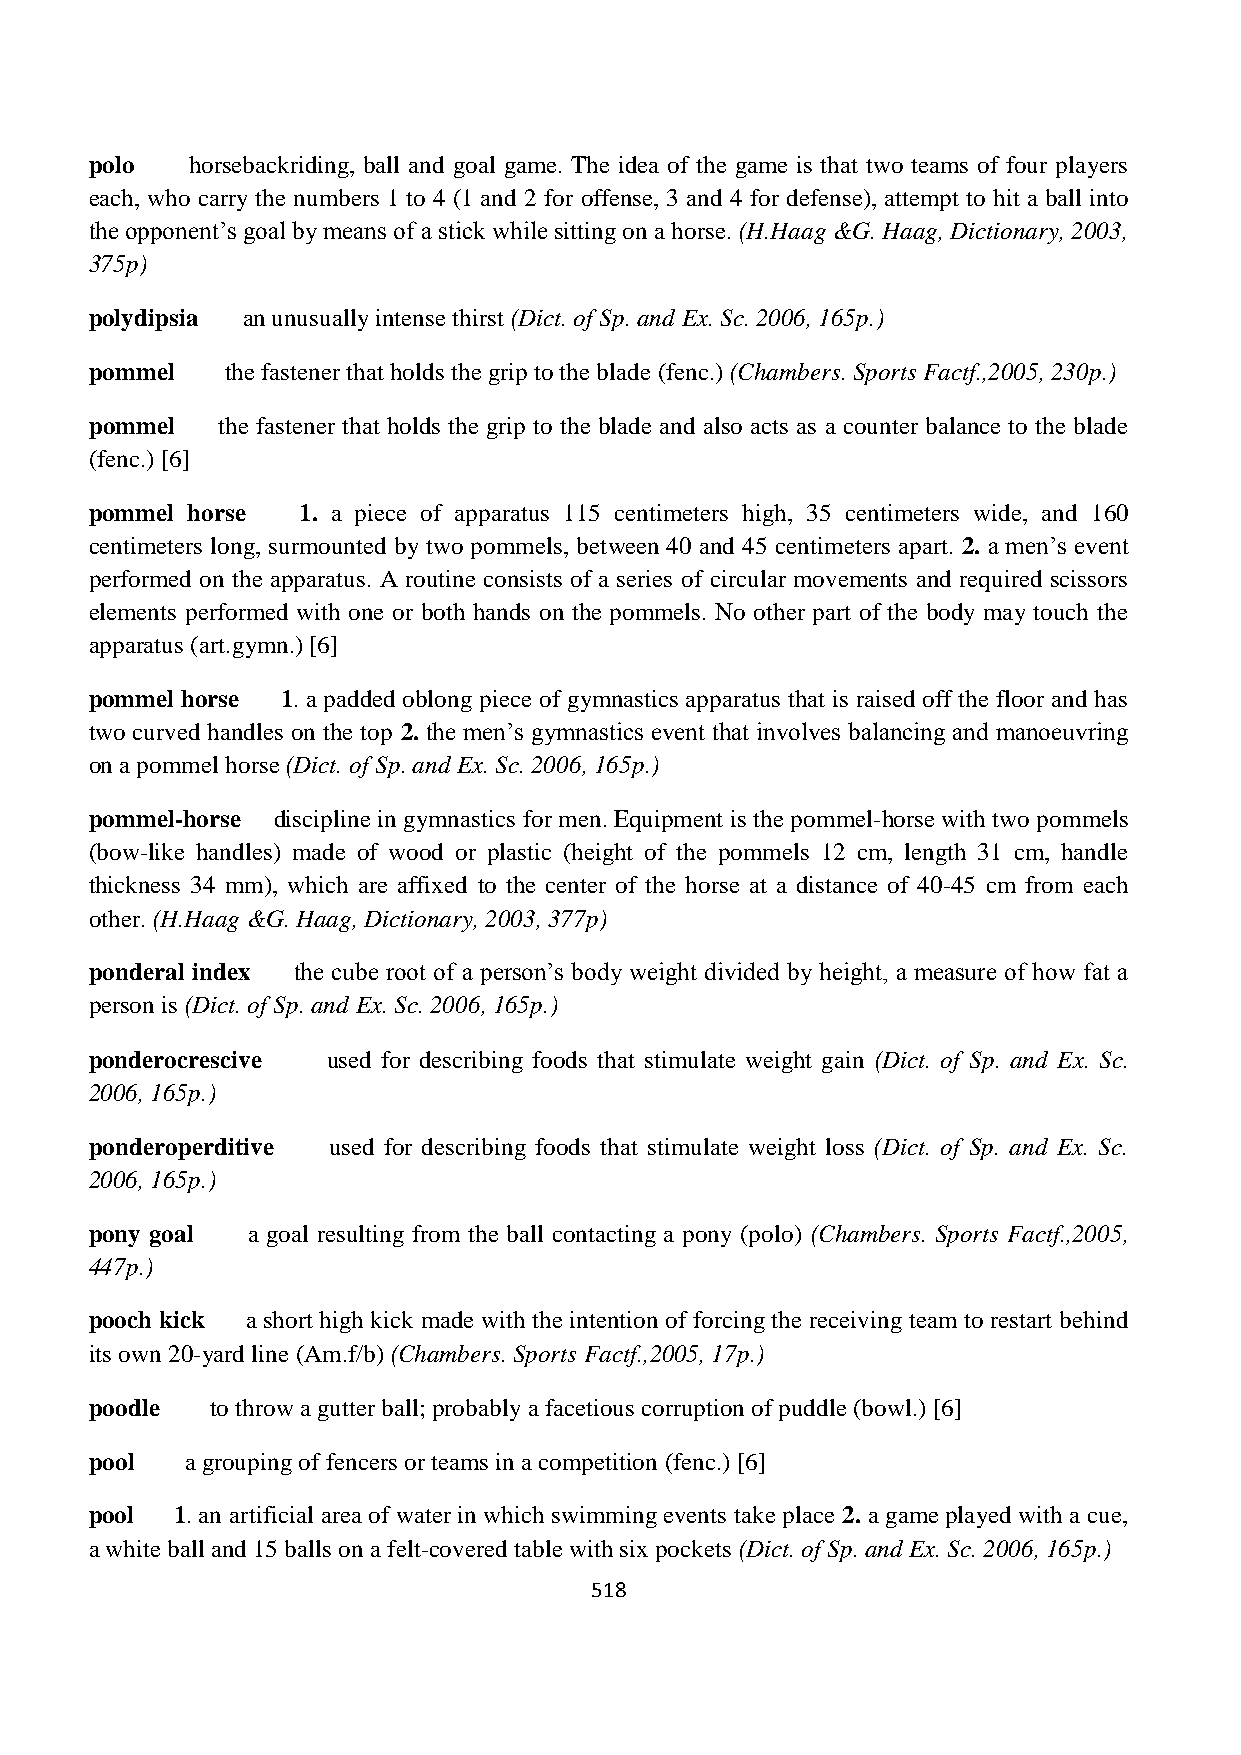
polo   horsebackriding, ball and goal game. The idea of the game is that two teams of four players
 each, who carry the numbers 1 to 4 (1 and 2 for offense, 3 and 4 for defense), attempt to hit a ball into
 the opponent’s goal by means of a stick while sitting on a horse. (H.Haag &G. Haag, Dictionary, 2003,
 375p)
 polydipsia an unusually intense thirst (Dict. of Sp. and Ex. Sc. 2006, 165p.)
 pommel   the fastener that holds the grip to the blade (fenc.) (Chambers. Sports Factf.,2005, 230p.)
 pommel  the fastener that holds the grip to the blade and also acts as a counter balance to the blade
 (fenc.) [6]
 pommel horse  1. a piece of apparatus 115 centimeters high, 35 centimeters wide, and 160
 centimeters long, surmounted by two pommels, between 40 and 45 centimeters apart. 2. a men’s event
 performed on the apparatus. A routine consists of a series of circular movements and required scissors
 elements performed with one or both hands on the pommels. No other part of the body may touch the
 apparatus (art.gymn.) [6]
 pommel horse 1. a padded oblong piece of gymnastics apparatus that is raised off the floor and has
 two curved handles on the top 2. the men’s gymnastics event that involves balancing and manoeuvring
 on a pommel horse (Dict. of Sp. and Ex. Sc. 2006, 165p.)
 pommel-horse discipline in gymnastics for men. Equipment is the pommel-horse with two pommels
 (bow-like handles) made of wood or plastic (height of the pommels 12 cm, length 31 cm, handle
 thickness 34 mm), which are affixed to the center of the horse at a distance of 40-45 cm from each
 other. (H.Haag &G. Haag, Dictionary, 2003, 377p)
 ponderal index the cube root of a person’s body weight divided by height, a measure of how fat a
 person is (Dict. of Sp. and Ex. Sc. 2006, 165p.)
 ponderocrescive used for describing foods that stimulate weight gain (Dict. of Sp. and Ex. Sc.
 2006, 165p.)
 ponderoperditive used for describing foods that stimulate weight loss (Dict. of Sp. and Ex. Sc.
 2006, 165p.)
 pony goal a goal resulting from the ball contacting a pony (polo) (Chambers. Sports Factf.,2005,
 447p.)
 pooch kick a short high kick made with the intention of forcing the receiving team to restart behind
 its own 20-yard line (Am.f/b) (Chambers. Sports Factf.,2005, 17p.)
 poodle  to throw a gutter ball; probably a facetious corruption of puddle (bowl.) [6]
 pool  a grouping of fencers or teams in a competition (fenc.) [6]
 pool  1. an artificial area of water in which swimming events take place 2. a game played with a cue,
 a white ball and 15 balls on a felt-covered table with six pockets (Dict. of Sp. and Ex. Sc. 2006, 165p.)
 518